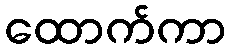
ထောက်ကာ